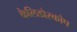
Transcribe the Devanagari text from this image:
कैलिडोस्कोप